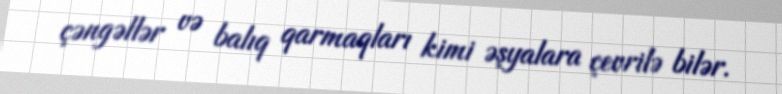
çəngəllər və balıq qarmaqları kimi əşyalara çevrilə bilər.